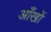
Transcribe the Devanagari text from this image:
अाँखों